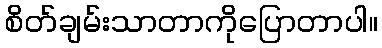
စိတ်ချမ်းသာတာကိုပြောတာပါ။